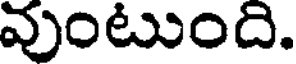
వుంటుంది.